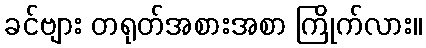
ခင်ဗျား တရုတ်အစားအစာ ကြိုက်လား။